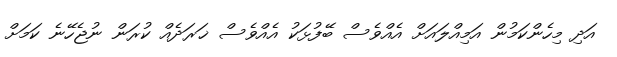
އަދި މިހެންކަމުން އަމިއްލައަށް އެއްވެސް ބޭފުޅަަކު އެއްވެސް ޚަރަދެއް ކުރަން ނުޖެހޭނެ ކަމަށް